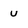
Character: u